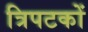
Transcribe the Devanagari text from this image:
त्रिपटकों